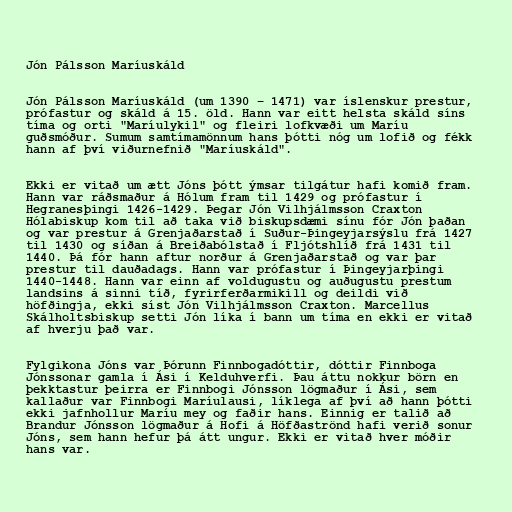
Jón Pálsson Maríuskáld

Jón Pálsson Maríuskáld (um 1390 – 1471) var íslenskur prestur,
prófastur og skáld á 15. öld. Hann var eitt helsta skáld síns
tíma og orti "Maríulykil" og fleiri lofkvæði um Maríu
guðsmóður. Sumum samtímamönnum hans þótti nóg um lofið og fékk
hann af því viðurnefnið "Maríuskáld".

Ekki er vitað um ætt Jóns þótt ýmsar tilgátur hafi komið fram.
Hann var ráðsmaður á Hólum fram til 1429 og prófastur í
Hegranesþingi 1426-1429. Þegar Jón Vilhjálmsson Craxton
Hólabiskup kom til að taka við biskupsdæmi sínu fór Jón þaðan
og var prestur á Grenjaðarstað í Suður-Þingeyjarsýslu frá 1427
til 1430 og síðan á Breiðabólstað í Fljótshlíð frá 1431 til
1440. Þá fór hann aftur norður á Grenjaðarstað og var þar
prestur til dauðadags. Hann var prófastur í Þingeyjarþingi
1440-1448. Hann var einn af voldugustu og auðugustu prestum
landsins á sinni tíð, fyrirferðarmikill og deildi við
höfðingja, ekki síst Jón Vilhjálmsson Craxton. Marcellus
Skálholtsbiskup setti Jón líka í bann um tíma en ekki er vitað
af hverju það var.

Fylgikona Jóns var Þórunn Finnbogadóttir, dóttir Finnboga
Jónssonar gamla í Ási í Kelduhverfi. Þau áttu nokkur börn en
þekktastur þeirra er Finnbogi Jónsson lögmaður í Ási, sem
kallaður var Finnbogi Maríulausi, líklega af því að hann þótti
ekki jafnhollur Maríu mey og faðir hans. Einnig er talið að
Brandur Jónsson lögmaður á Hofi á Höfðaströnd hafi verið sonur
Jóns, sem hann hefur þá átt ungur. Ekki er vitað hver móðir
hans var.